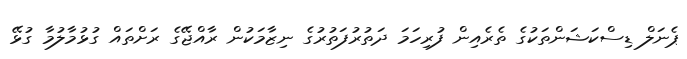
ޕެނަލް ޑިސްކަޝަންތަކުގެ ތެރެއިން ފުރިހަމަ ދަތުރުފަތުރުގެ ނިޒާމަކުން ރާއްޖޭގެ ރަށްތައް ގުޅުމާލުމާ ގުޅޭ